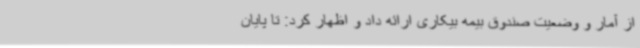
از آمار و وضعیت صندوق بیمه بیکاری ارائه داد و اظهار کرد: تا پایان